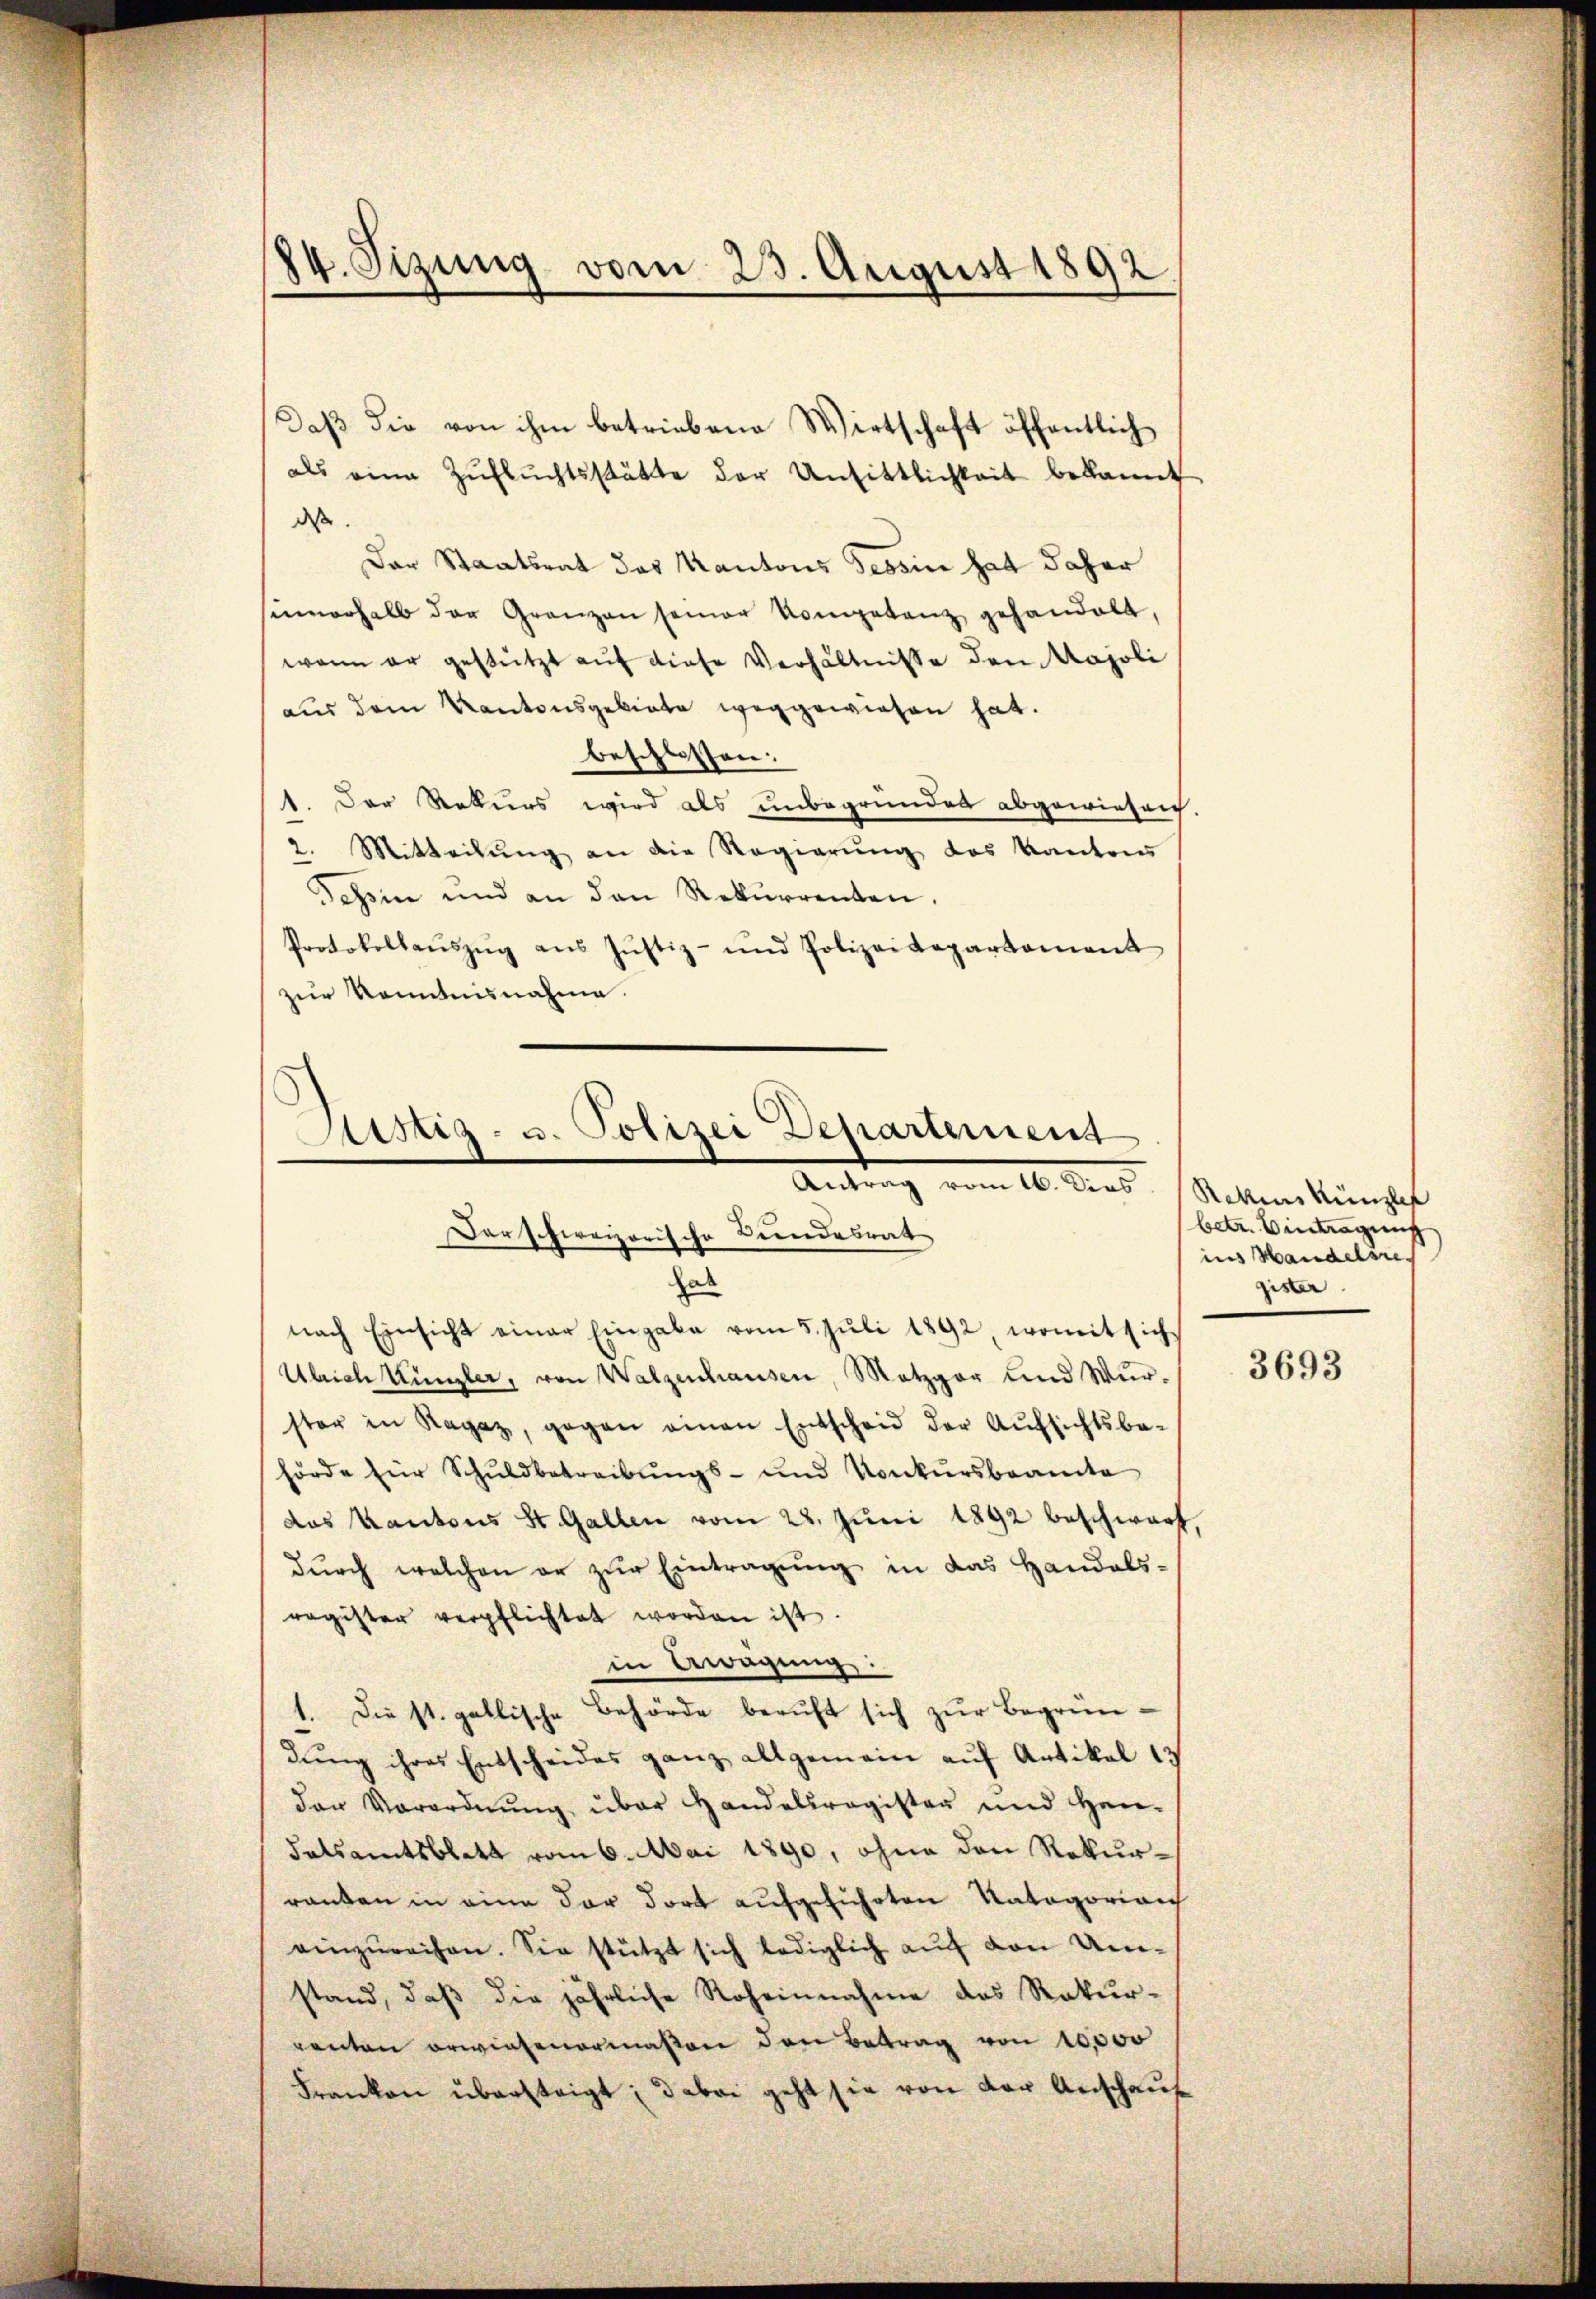
84. Tizung vom 23. August 1892.

daß die von ihm betriebene Wirtschaft öffentlich
als eine Zŭflŭchtsstätte der Unsittlichkeit bekannt
dass
Der Staatsrat das Kantons Tessin hat daher
unerhalb der Grenzen seiner Kompetenz gehandelt,
wenn er gestützt auf diese Verhältnisse den Majoli
aus dem Kantonsgebiete weggewiesen hat.
beschlossen:
1. Der Rekurs wird als unbegründet abgewiesen.
2. Mitteilung an die Regierung des Kantons
Tessin und an den Rekurrenten.
Protokollaŭszŭg aŭs Jŭstiz- und Polizei Repartement
zur Kenntnisnahme.

Justiz- u. Polizei Departement
Antrag vom 10. Aus
Darschweizerische Bundesrat
hal

nach Einsicht einer Eingabe vom 5. Jŭli 1892, womit sich
Ulrich Künzler, von Walzenhausen, Metzger und Wür-
ster in Ragaz, gegen einen Entscheid der Aufsichtsbe-
hörde für Schuldbetreibungs- und Konkursbeamte
das Kantons St. Gallen vom 28. Juni 1892 beschwarf,
dŭrch welchen er zŭr Eintragŭng in das Handels-
ragister verpflichtet worden ist.
in Aragung:
1. Die st. gallische Behörde beruft sich zur Begründung ihres Entscheides ganz allgemein auf Artikel 13
der Verordnung über Handelsregister und Han¬
Tatsamtsblatt vom 6. Mai 1890, ohne den Rekurranken in eine der dort aufgeführten Natagorian
einzŭreihen. Sie stützt sich lediglich auf den Umstand, daß die jährliche Roheinnahme des Rekur-
renten erwiesenermaßen den Betrag von 10,000
Franken übersteigt; dabei geht sie von der Anschaus

Rekurskanzler
betr. Eintragung
ins Handelsre
gister

3693